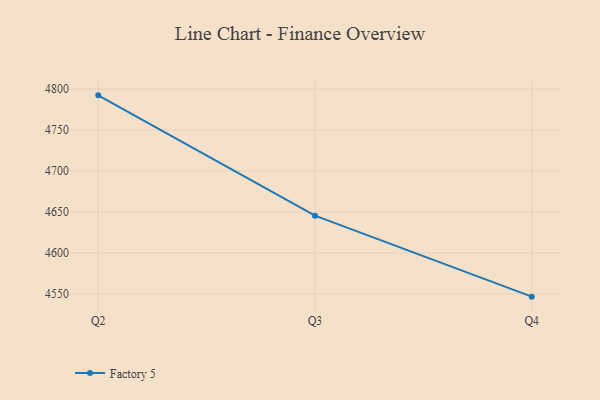
{"axis": {"x": "Quarter", "y": "Headcount"}, "legend": ["Factory 5"], "data": [{"x": "Q2", "y": 4792.4, "type": "Factory 5"}, {"x": "Q3", "y": 4645.5, "type": "Factory 5"}, {"x": "Q4", "y": 4546.6, "type": "Factory 5"}]}